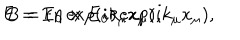
{ \bf E } = { \bf E } _ { 0 } \exp ( i k _ { \mu } x _ { \mu } ) , \hspace { 0 . 3 i n } { \bf B } = \left( { \bf n } \times { \bf E } _ { 0 } \right) \exp ( i k _ { \mu } x _ { \mu } ) ,